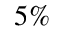
5 \%